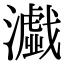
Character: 𤂴